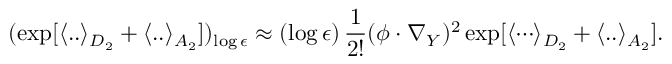
( \exp [ \langle . . \rangle _ { D _ { 2 } } + \langle . . \rangle _ { A _ { 2 } } ] ) _ { \log \epsilon } \approx ( \log \epsilon ) \, { \frac { 1 } { 2 ! } } ( \phi \cdot \nabla _ { Y } ) ^ { 2 } \exp [ { \langle \cdots \rangle _ { D _ { 2 } } } + \langle . . \rangle _ { A _ { 2 } } ] .